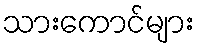
သားကောင်များ